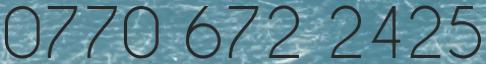
0770 672 2425